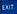
exit